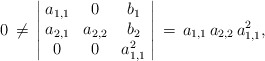
\begin{align*}0\,\neq\,\left\vert\!\begin{array}{ccc}a_{1,1} & 0 & b_1\\a_{2,1} & a_{2,2} & b_2\\0 & 0 & a_{1,1}^2\end{array}\!\right\vert\,=\,a_{1,1}\,a_{2,2}\,a_{1,1}^2,\end{align*}